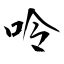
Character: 呤